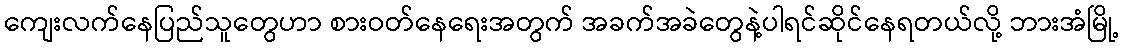
ကျေးလက်နေပြည်သူတွေဟာ စားဝတ်နေရေးအတွက် အခက်အခဲတွေနဲ့ပါရင်ဆိုင်နေရတယ်လို့ ဘားအံမြို့